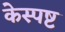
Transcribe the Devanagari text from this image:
केस्पष्ट